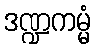
ဒဏ္ဍကမ္မံ